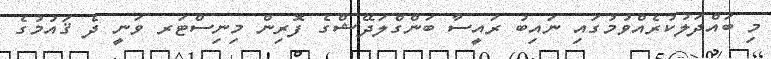
މި ބައްދަލުކުރެއްވުމުގައި ނައިބު ރައީސާ ބަންގްލަދޭޝްގެ ފޮރިން މިނިސްޓަރ ވަނީ ދެ ޤައުމުގެ